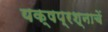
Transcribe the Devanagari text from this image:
यक्षप्रश्नाचें